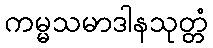
ကမ္မသမာဒါနသုတ္တံ